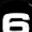
Digit: 6